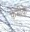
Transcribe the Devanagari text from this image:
केभीके